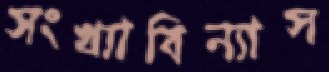
সংখ্যাবিন্যাস